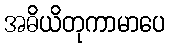
အဓိယိတုကာမာပေ